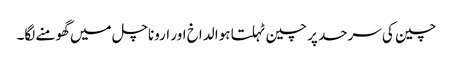
چین کی سرحد پر چین ٹہلتا ہوا لداخ اور اروناچل میں گھومنے لگا۔